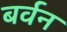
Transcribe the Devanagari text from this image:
बर्वन